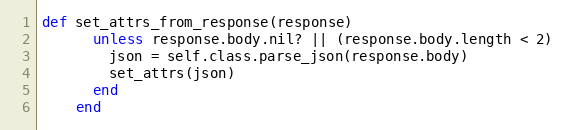
Language: Ruby
def set_attrs_from_response(response)
      unless response.body.nil? || (response.body.length < 2)
        json = self.class.parse_json(response.body)
        set_attrs(json)
      end
    end